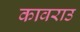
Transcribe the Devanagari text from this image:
कावराउ